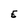
Character: E